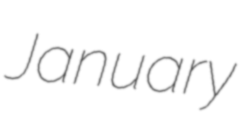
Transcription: January